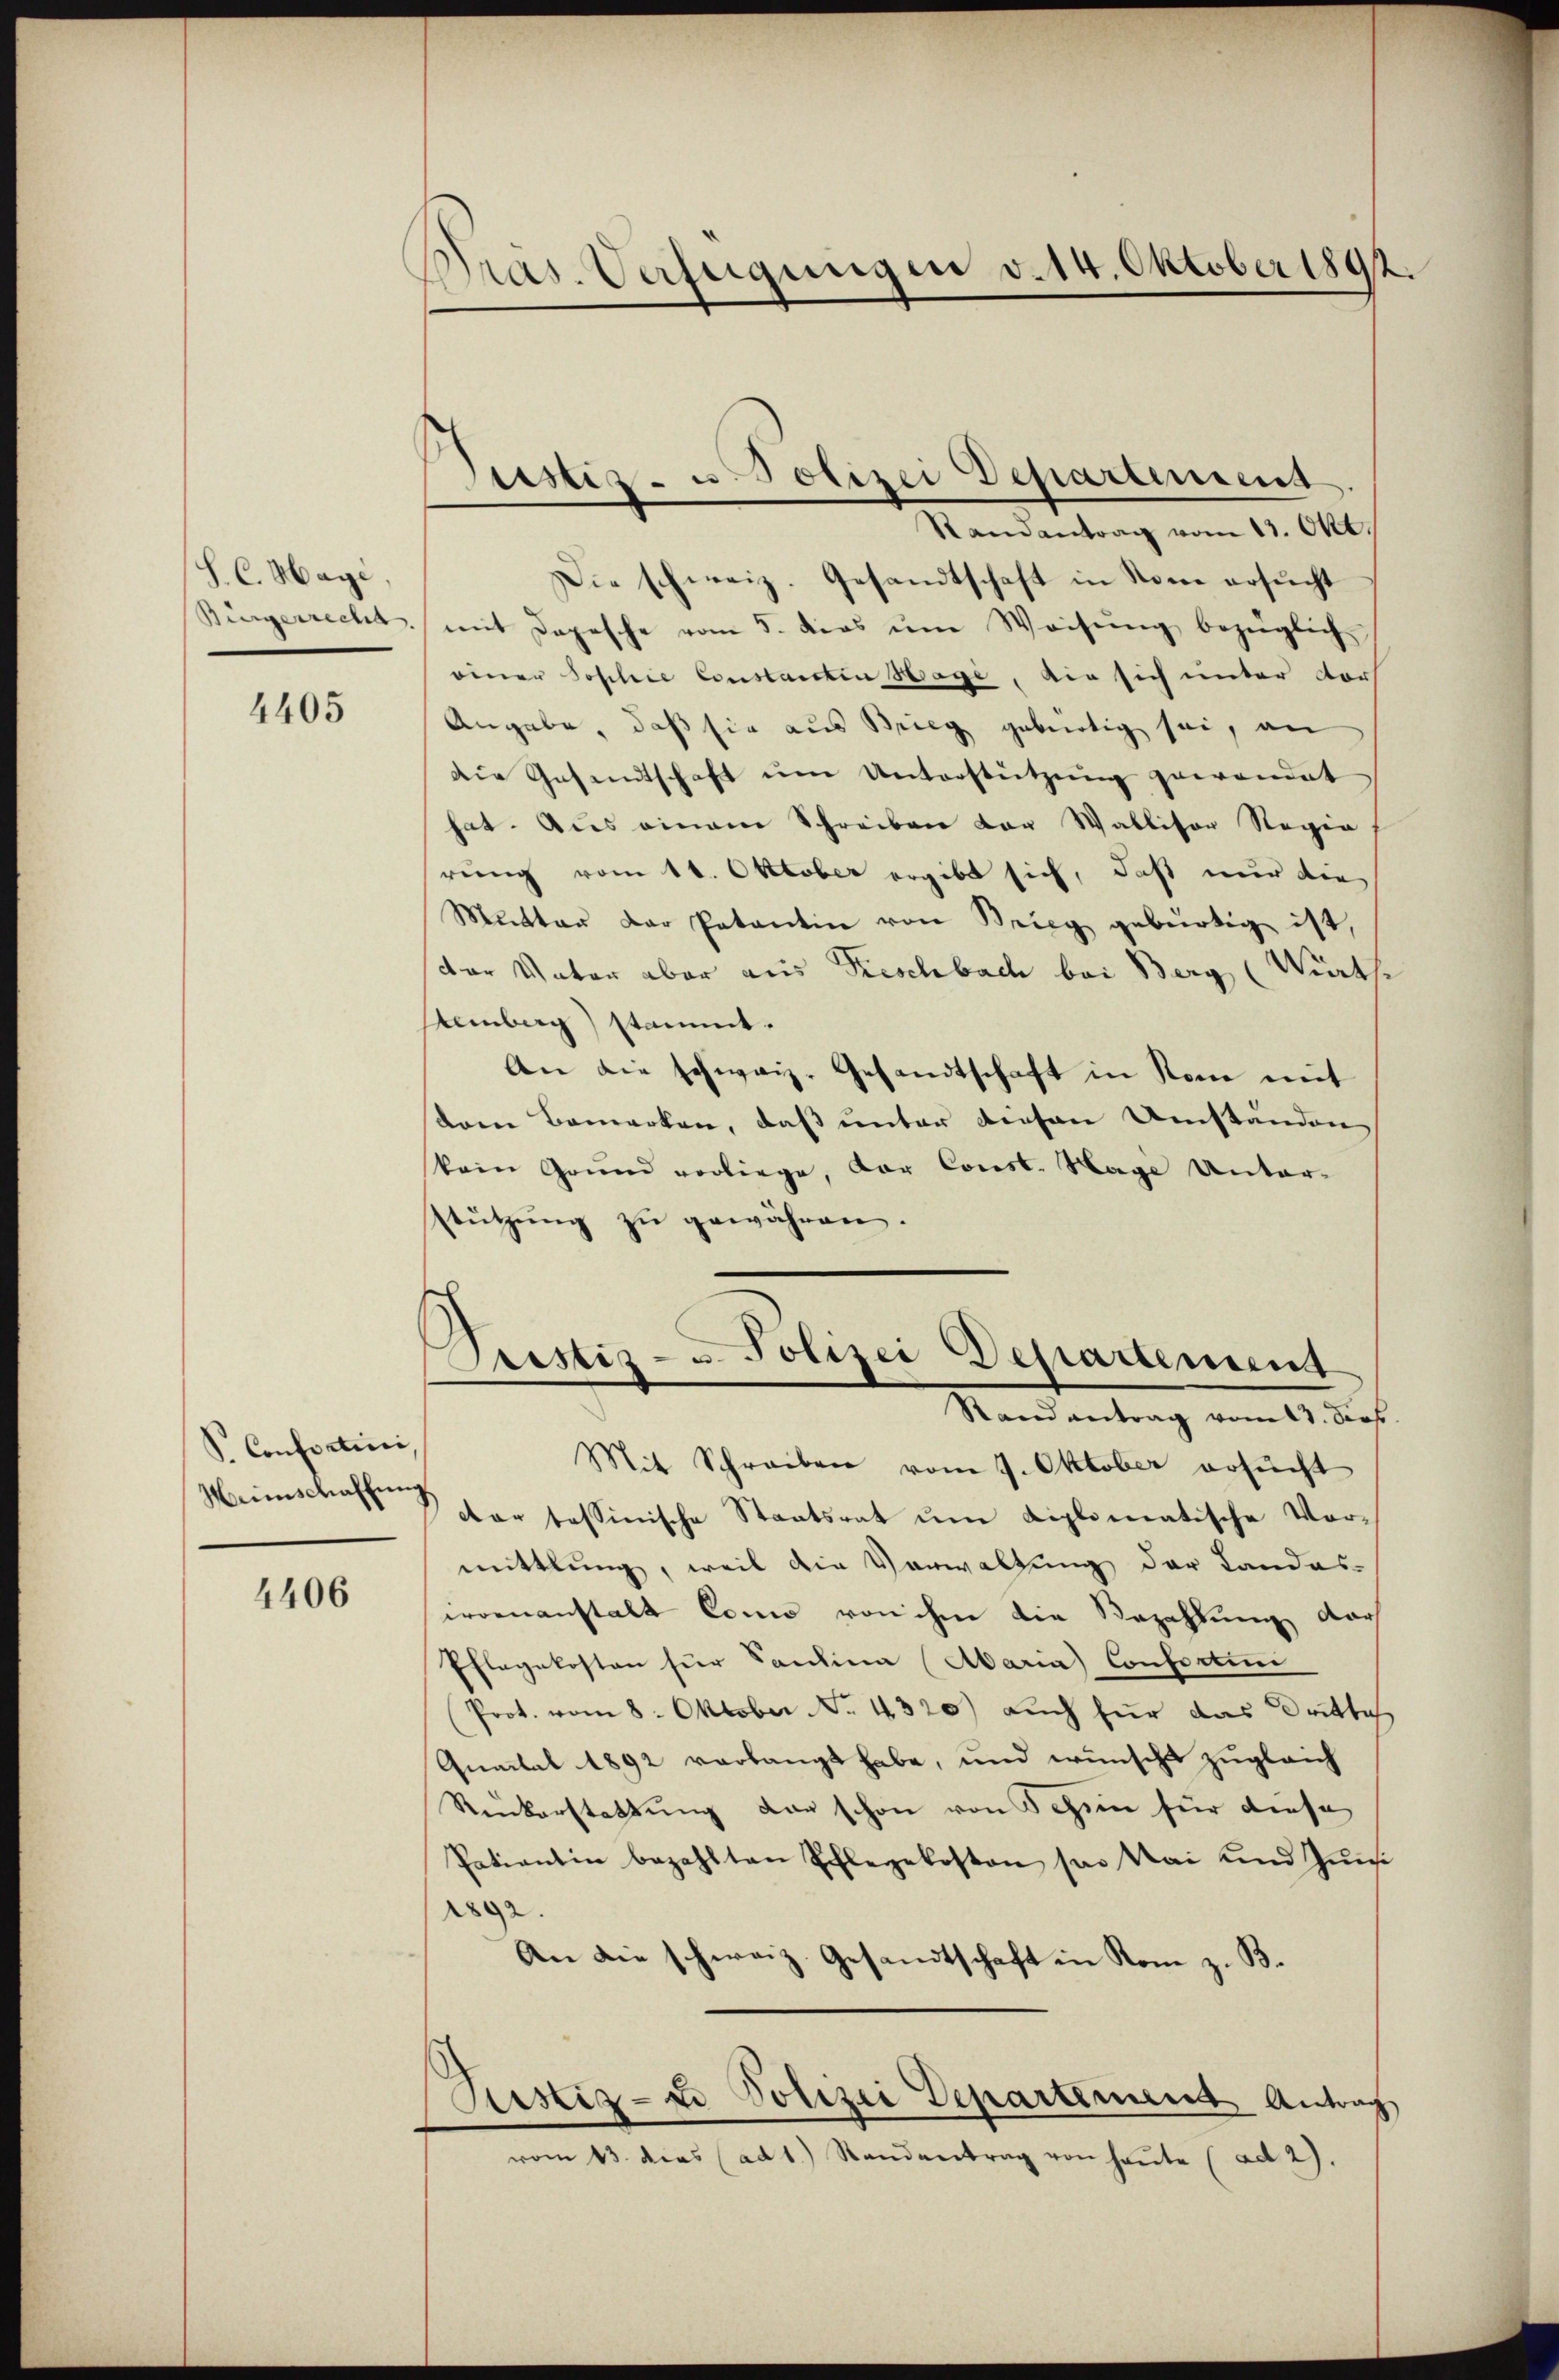
S. C. Hagi,

4405

S. Confertini,
Meinschaffung

4406

Pras. Verfügungen v. 14. Oktober 1892.

Die schweiz. Gesandtschaft in Nome ersucht
Bürgerrecht, mit Depesche vom 5. ders ŭm Weisŭng bezüglich
einer Sophie Constanten Hage, die sich unter dor
Angabe, daß sie aus Brieg gebürtig sei, an
die Gesandtschaft ŭm Unterstützŭng gewandet
hat. Aus einem Schreiben der Wallisor Regie
rung vom 11. Oktober ergibt sich, daß nur die
Mutter der Patantin von Brieg gebürtig ist,
der Vater aber aus Rischbach bei Berg (Wirthe
Semberg) stammt.
An die schweiz. Gesandtschaft in Rom mit
dren Bemerken, daß unter diesen Umständen
kein Grund vorliege, der Const. Sage Unter-
stützŭng zŭ gewähren.

Justiz- u. Polizei Departement
Randantrag vom 13. Okt.

Lrestiz- u. Polizei Departement
Randantrag vom 13. dies

Mit Schreiben vom 7. Oktober ersŭcht
dar tessinische Staatsrat ŭm diplomatische Vormittlung, weil die Verwaltung der Landas-
woranstalt Conno von ihm die Bezahlung der
Pflegekosten für Santina Maria Confertir
Prot. vom 8. Oktober No. 4320) auch für das Dritte
Quartal 1892 verlangt habe, und wünscht zugleich
Runkerstattung der schon von Schim für diese
Patientin bezahlten Pflegekosten so. Mai und Jŭnsi
g.
An die schweiz. Gesandtschaft in Rom z. B.
Ristiz- & Polizei Departement Antrag
vom 13. dies (ad 1.) Standentrag von heŭte (ad 2).